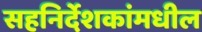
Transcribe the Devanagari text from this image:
सहनिर्देशकांमधील